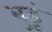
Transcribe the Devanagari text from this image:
बुडूं